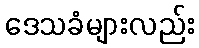
ဒေသခံများလည်း